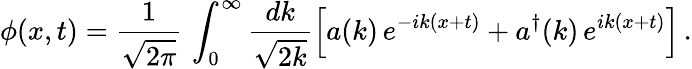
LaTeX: \phi(x,t)=\frac{1}{\sqrt{2\pi}}\, \int_{0}^{\infty}\frac{dk}{\sqrt{2k}}\Bigl[a(k)\, e^{-ik(x+t)}+a^{\dagger}(k)\, e^{ik(x+t)}\Bigr]\, .